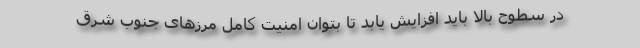
در سطوح بالا باید افزایش یابد تا بتوان امنیت کامل مرزهای جنوب شرق